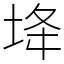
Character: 鿍